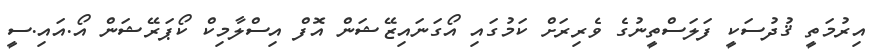
އިރުމަތީ ޤުދުސަކީ ފަލަސްތީނުގެ ވެރިރަށް ކަމުގައި އޯގަނައިޒޭޝަން އޮފް އިސްލާމިކް ކޯޕަރޭޝަން އޯ.އައި.ސީ